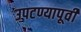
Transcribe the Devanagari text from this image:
उपटण्यापूर्वी